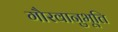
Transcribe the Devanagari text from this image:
गौरवानुभूति